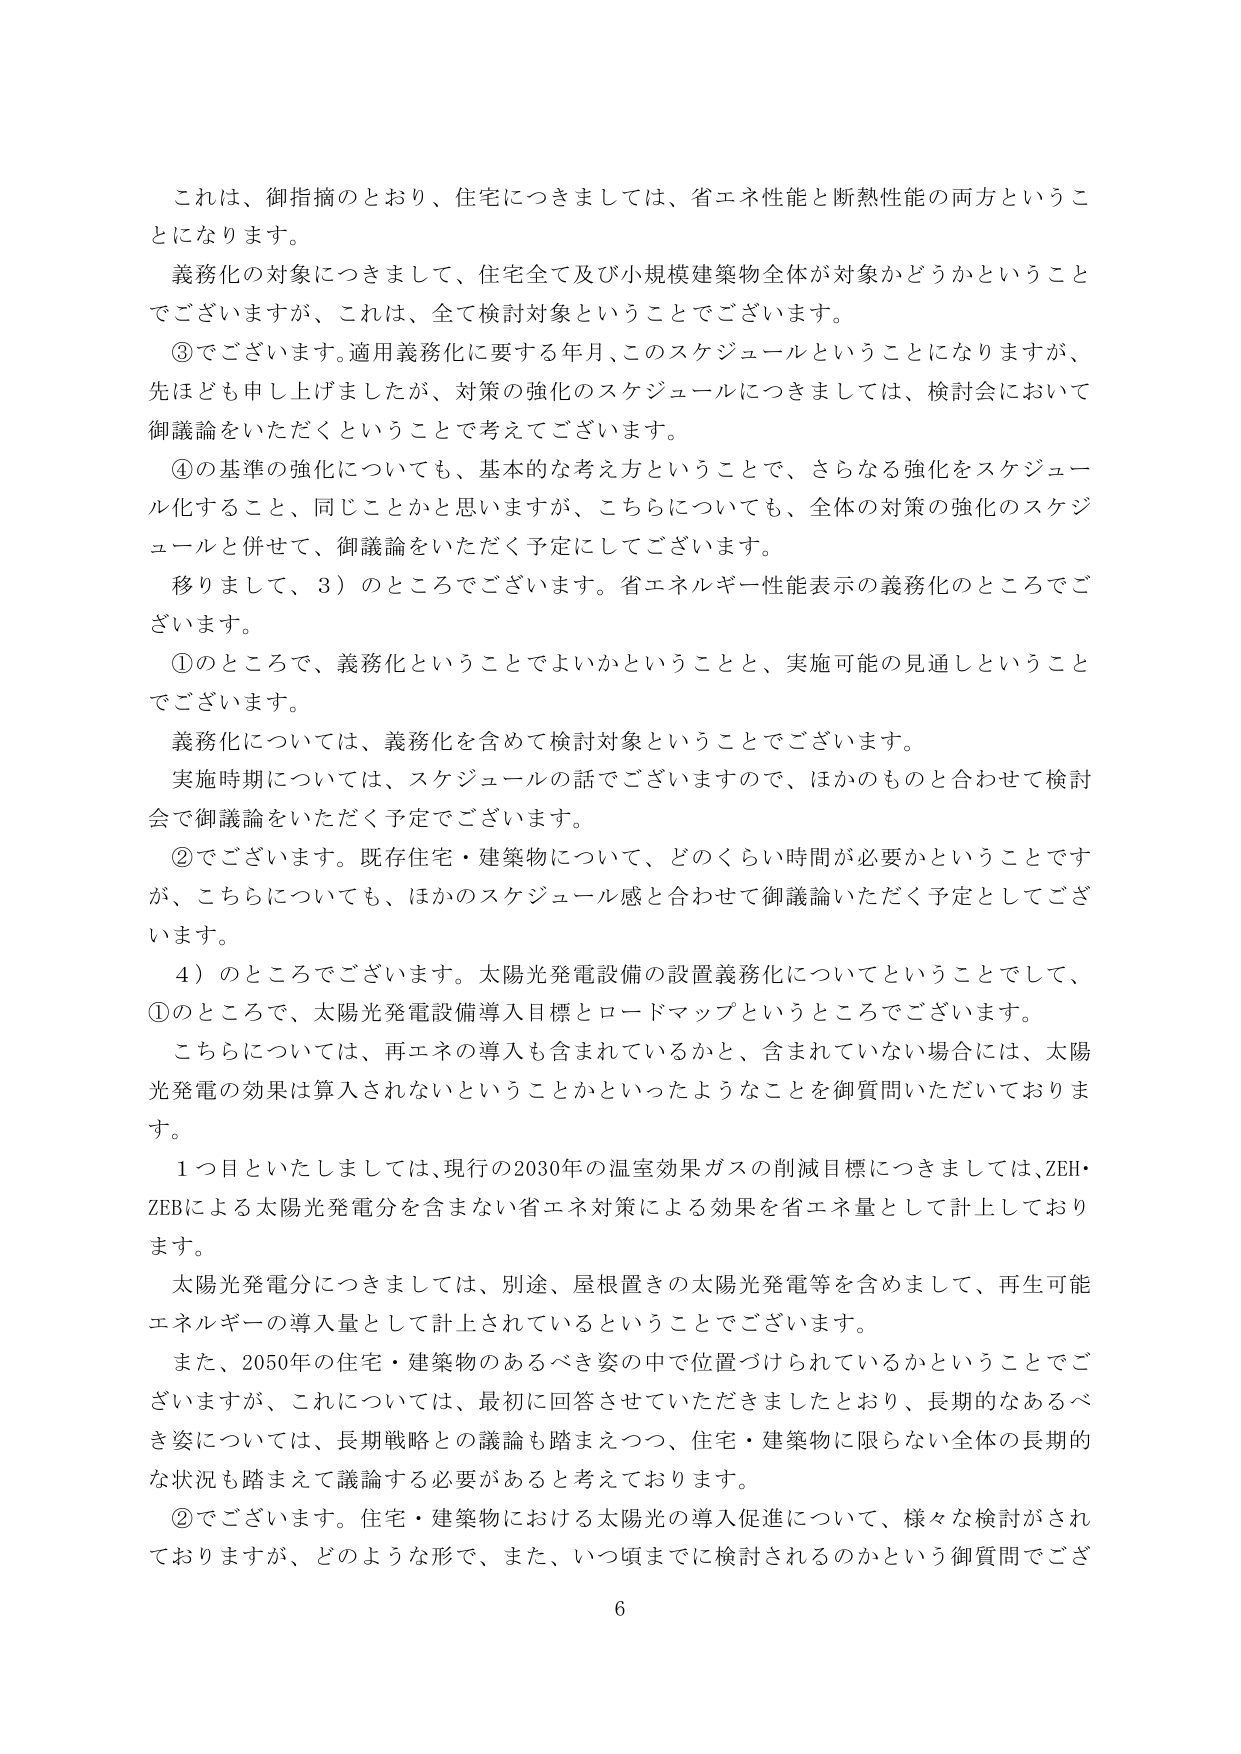
これは、御指摘のとおり、住宅につきましては、省エネ性能と断熱性能の両方ということになります。

義務化の対象につきまして、住宅全て及び小規模建築物全体が対象かどうかということでございますが、これは、全て検討対象ということでございます。

③でございます。適用義務化に要する年月、このスケジュールということになりますが、先ほども申し上げましたが、対策の強化のスケジュールにつきましては、検討会において御議論をいただくということで考えてございます。

④の基準の強化についても、基本的な考え方ということで、さらなる強化をスケジュール化すること、同じことかと思いますが、こちらについても、全体の対策の強化のスケジュールと併せて、御議論をいただく予定にしてございます。

移りまして、3）のところでございます。省エネルギー性能表示の義務化のところでございます。

①のところで、義務化ということでよいかということと、実施可能の見通しということでございます。

義務化については、義務化を含めて検討対象ということでございます。

実施時期については、スケジュールの話でございますので、ほかのものと合わせて検討会で御議論をいただく予定でございます。

②でございます。既存住宅・建築物について、どのくらい時間が必要かということですが、こちらについても、ほかのスケジュール感と合わせて御議論いただく予定としてございます。

4）のところでございます。太陽光発電設備の設置義務化についてということでして、①のところで、太陽光発電設備導入目標とロードマップということでございます。

こちらについては、再エネの導入も含まれているかと、含まれていない場合には、太陽光発電の効果は算入されないということかといったようなことを御質問いただいております。

1つ目といたしましては、現行の2030年の温室効果ガスの削減目標につきましては、ZEH・ZEBによる太陽光発電分を含まない省エネ対策による効果を省エネ量として計上しております。

太陽光発電分につきましては、別途、屋根置きの太陽光発電等を含めまして、再生可能エネルギーの導入量として計上されているということでございます。

また、2050年の住宅・建築物のあるべき姿の中で位置づけられているかということでございますが、これについては、最初に回答させていただきましたとおり、長期的なあるべき姿については、長期戦略との議論も踏まえつつ、住宅・建築物に限らない全体の長期的な状況も踏まえて議論する必要があると考えております。

②でございます。住宅・建築物における太陽光の導入促進について、様々な検討がされておりますが、どのような形で、また、いつ頃までに検討されるのかという御質問でございます。

6